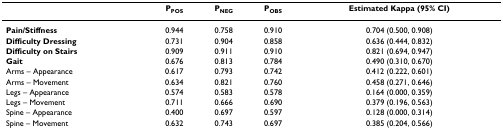
<table><thead><tr><td></td><td><b>P<sub>POS</sub></b></td><td><b>P<sub>NEG</sub></b></td><td><b>P<sub>OBS</sub></b></td><td><b>Estimated Kappa (95% CI)</b></td></tr></thead><tbody><tr><td><b>Pain/Stiffness</b></td><td>0.944</td><td>0.758</td><td>0.910</td><td>0.704 (0.500, 0.908)</td></tr><tr><td><b>Difficulty Dressing</b></td><td>0.731</td><td>0.904</td><td>0.858</td><td>0.636 (0.444, 0.832)</td></tr><tr><td><b>Difficulty on Stairs</b></td><td>0.909</td><td>0.911</td><td>0.910</td><td>0.821 (0.694, 0.947)</td></tr><tr><td><b>Gait</b></td><td>0.676</td><td>0.813</td><td>0.784</td><td>0.490 (0.310, 0.670)</td></tr><tr><td>Arms – Appearance</td><td>0.617</td><td>0.793</td><td>0.742</td><td>0.412 (0.222, 0.601)</td></tr><tr><td>Arms – Movement</td><td>0.634</td><td>0.821</td><td>0.760</td><td>0.458 (0.271, 0.646)</td></tr><tr><td>Legs – Appearance</td><td>0.574</td><td>0.583</td><td>0.578</td><td>0.164 (0.000, 0.359)</td></tr><tr><td>Legs – Movement</td><td>0.711</td><td>0.666</td><td>0.690</td><td>0.379 (0.196, 0.563)</td></tr><tr><td>Spine – Appearance</td><td>0.400</td><td>0.697</td><td>0.597</td><td>0.128 (0.000, 0.314)</td></tr><tr><td>Spine – Movement</td><td>0.632</td><td>0.743</td><td>0.697</td><td>0.385 (0.204, 0.566)</td></tr></tbody></table>